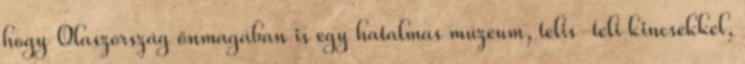
hogy Olaszország önmagában is egy hatalmas múzeum, telis-teli kincsekkel,